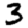
Digit: 3